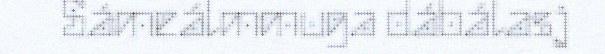
Sámeálmmuga dábálasj